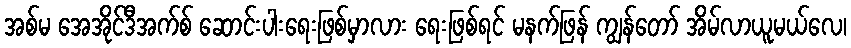
အစ်မ အေအိုင်ဒီအက်စ် ဆောင်းပါးရေးဖြစ်မှာလား ရေးဖြစ်ရင် မနက်ဖြန် ကျွန်တော် အိမ်လာယူမယ်လေ၊